Indian journal of veterinary science and animal husbandry - Volume 3,
Year: 1933
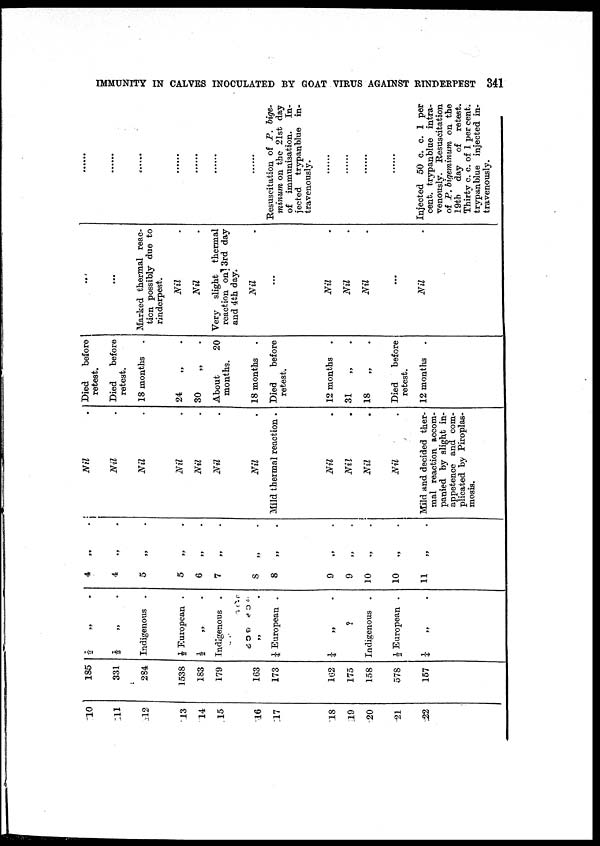
IMMUNITY IN CALVES INOCULATED BY GOAT VIRUS AGAINST RINDERPEST 341
10
11
12
13
14
15
16
17
18
19
20
21
22
185
331
284
1538
183
179
163
173
162
175
158
578
157
½ „ .
½ „ .
Indigenous .
½ European .
½ „
Indigenous .
„ .
¼ European .
¼ „ .
?
Indigenous .
½ European .
¼ „ .
4 „ .
4 „ .
5 „ .
5
„ .
6
„ .
7
„ .
8
„ .
8
„ .
9 „ .
9
„ .
10
„ .
10
„ .
11 „ .
Nil .
Nil .
Nil .
Nil .
Nil .
Nil .
Nil .
Mild thermal reaction .
Nil .
Nil .
Nil .
Nil .
Mild and decided ther-
mal reaction accom-
panied by slight in-
appetence and com-
plicated by Piroplas-
mosis.
Died
before
retest.
Died
before
retest.
18 months
24 „ .
30 „ .
About
20
months.
18 months
Died
before
retest.
12 months.
31 „ .
18 „ .
Died
before
retest.
12 months.
...
...
Marked thermal reac-
tion possibly due to
rinderpest.
Nil .
Nil .
Very slight thermal
reaction on 3rd day
and 4th day.
Nil .
Nil .
Nil .
Nil .
...
Nil.
......
......
Resuscitation of P. bige-
minum on the 21st day
of immunisation.
In-
jected trypanblue in-
travenously.
Injected 50 c. c. 1 per
cent. trypanblue intra-
venously. Resuscitation
of P. bigeminum on the
19th
day
of
retest.
Thirty c. c. of 1 per cent.
trypanblue injected in-
travenously.